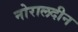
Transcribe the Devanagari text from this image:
नोरालदीन